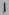
Text: 1